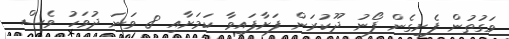
ވަގުތުން ފެށިގެން ފޯނު ދޫކުރަން ފަށާފައިވާ ކަމަށާއި 8 ވަނަ ދުވަހު ވެސް